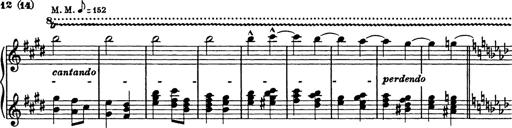
Title: 8 Variations
Composer: Franz Liszt
Key: A-flat major